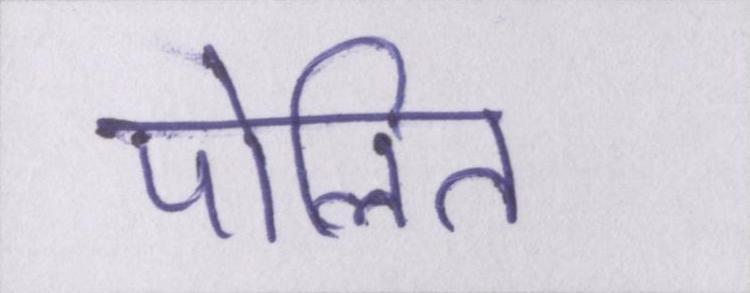
पोलित